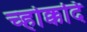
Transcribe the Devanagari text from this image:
च्होक्कदि